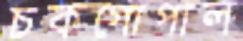
চকগোপাল